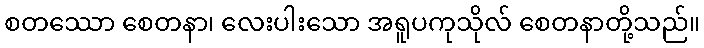
စတဿော စေတနာ၊ လေးပါးသော အရူပကုသိုလ် စေတနာတို့သည်။